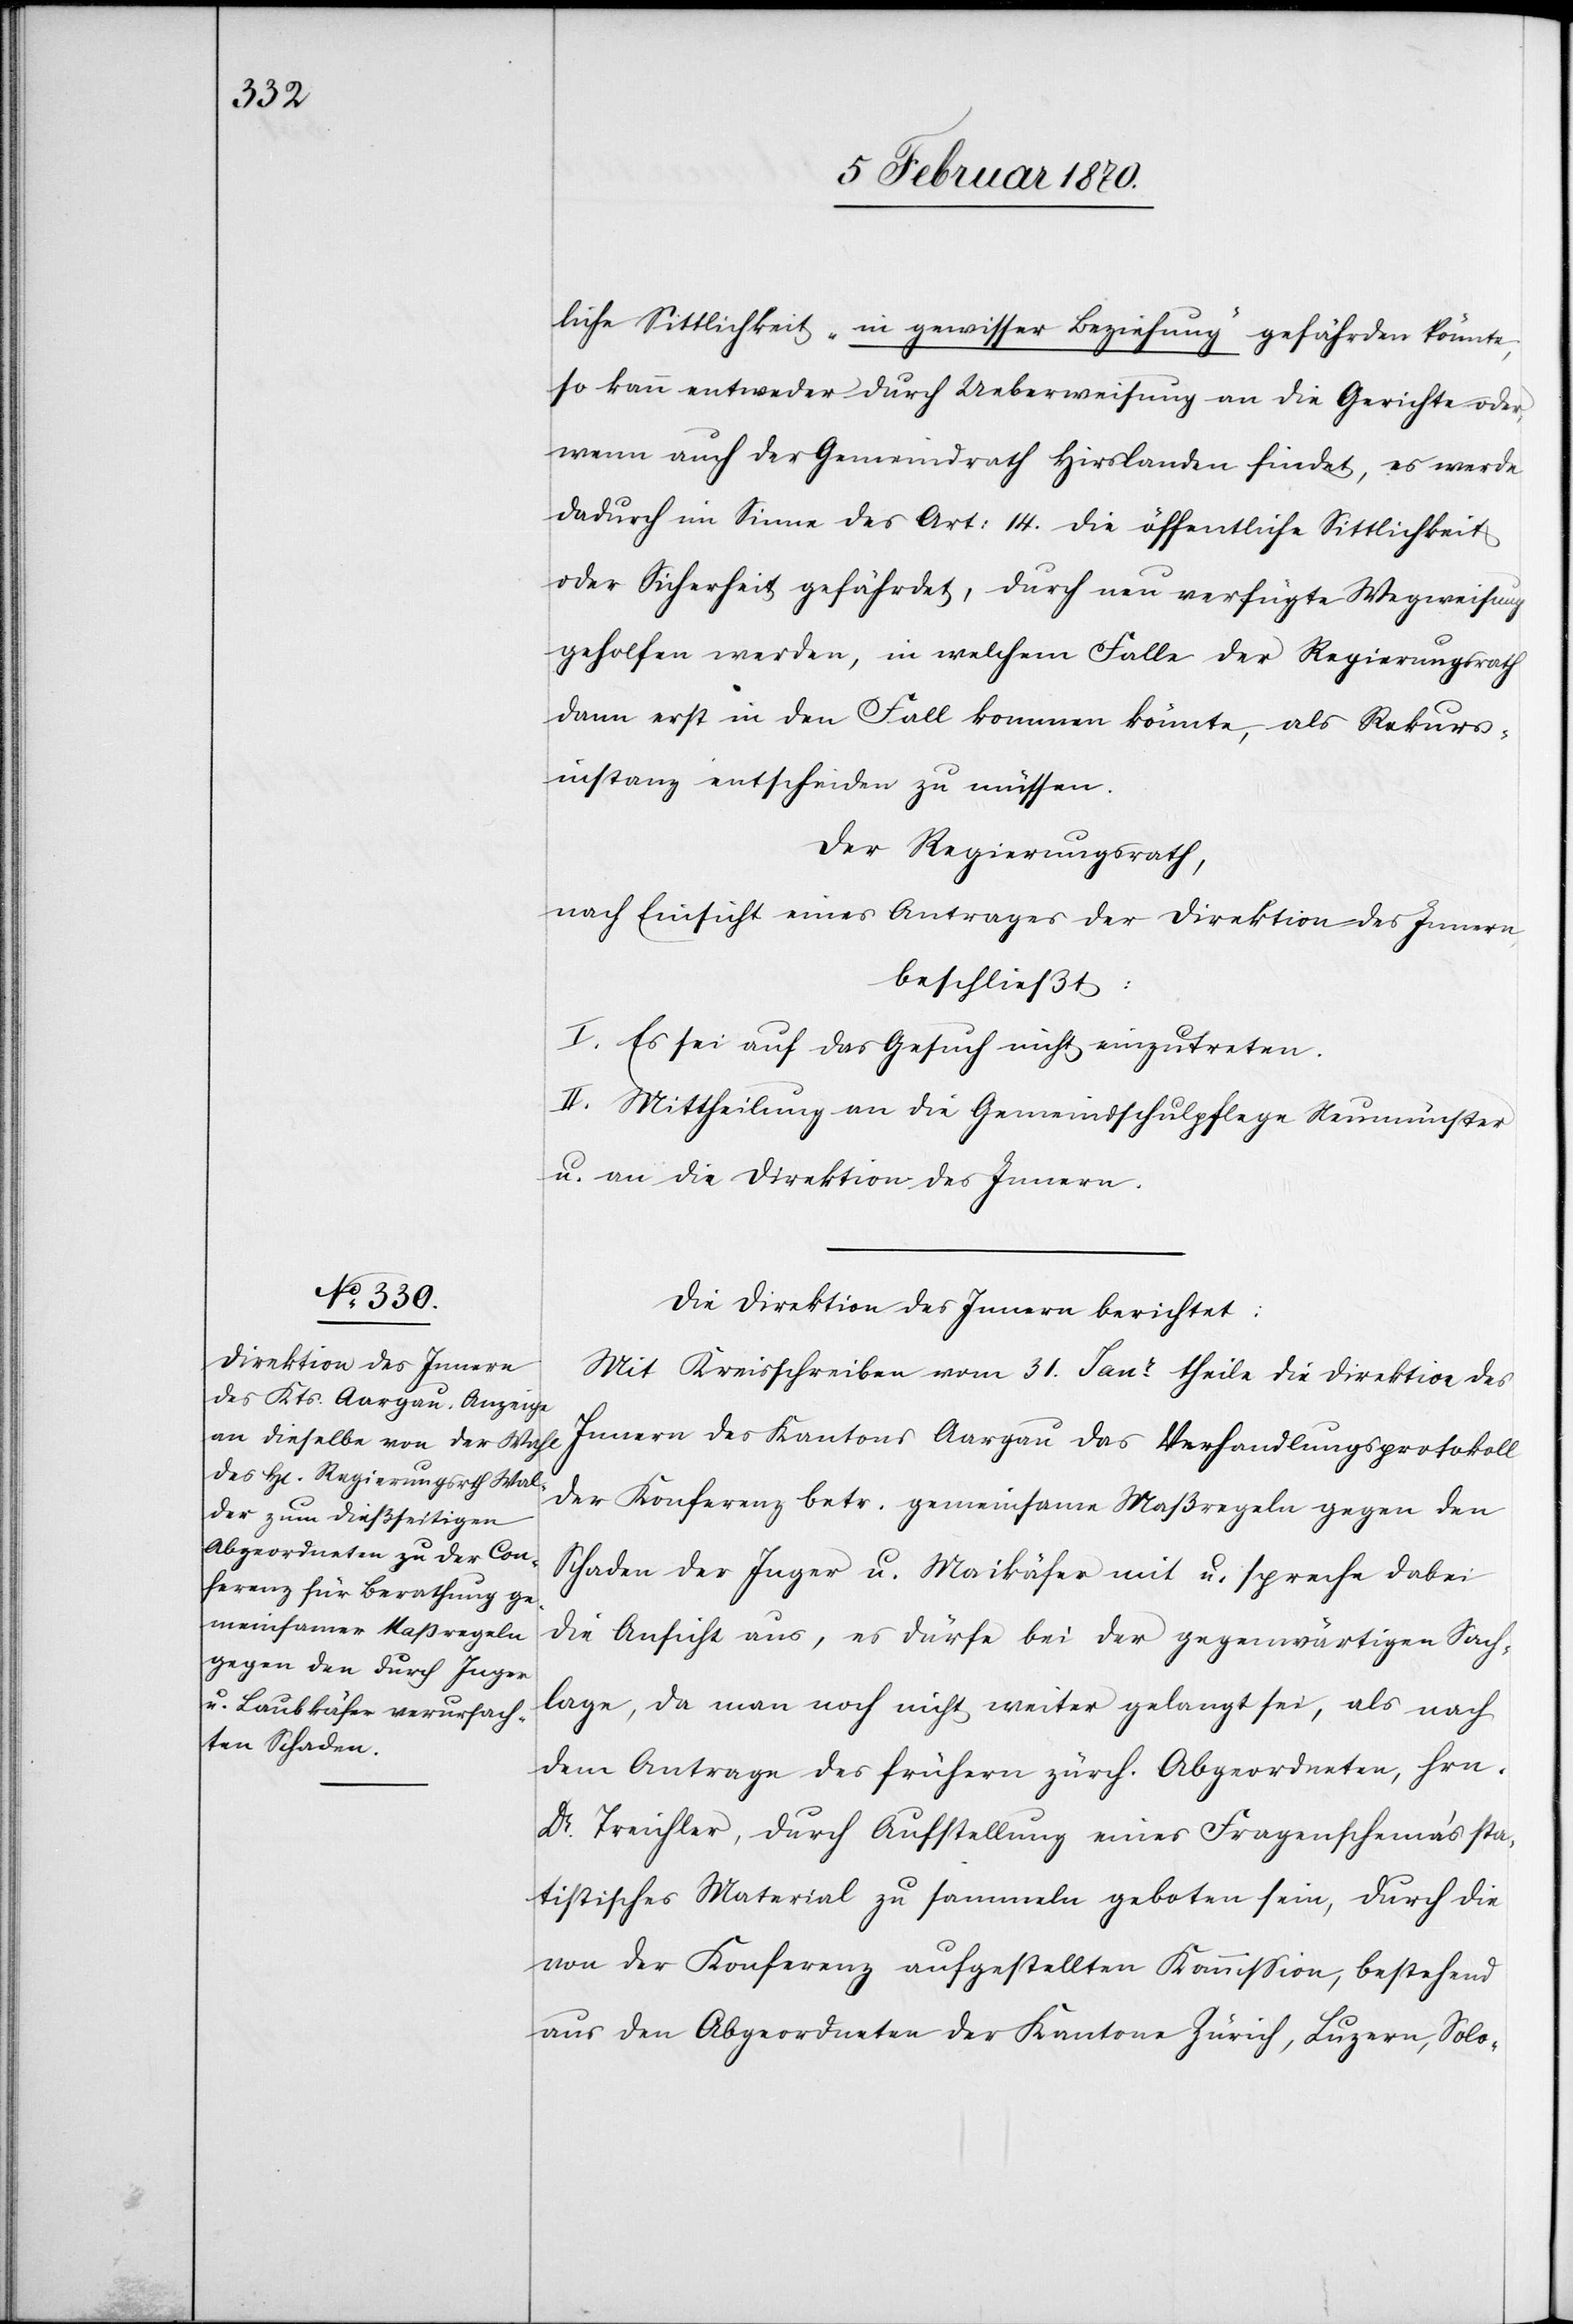
liche Sittlichkeit „in gewisser Beziehung“ gefährden könnte,
so kann entweder durch Ueberweisung an die Gerichte oder,
wenn auch der Gemeindrath Hirslanden findet, es werde
dadurch im Sinne des Art: 14. die öffentliche Sittlichkeit
oder Sicherheit gefährdet, durch neu verfügte Wegweisung
geholfen werden, in welchem Falle der Regierungsrath
dann erst in den Fall kommen könnte, als Rekurs¬
instanz entscheiden zu müssen.
Der Regierungsrath,
nach Einsicht eines Antrages der Direktion des Innern
beschließt:
I. Es sei auf das Gesuch nicht einzutreten.
II. Mittheilung an die Gemeindschulpflege Neumünster
u. an die Direktion des Innern.
Die Direktion des Innern berichtet:
Mit Kreisschreiben vom 31. Janr theile die Direktion des
der Konferenz betr. gemeinsame Maßregeln gegen den
Schaden der Inger u. Maikäfer mit u. spreche dabei
die Ansicht aus, es dürfe bei der gegenwärtigen Sach¬
lage, da man noch nicht weiter gelangt sei, als nach
dem Antrage des frühern zürch. Abgeordneten, Hrn.
Dr. Treichler, durch Aufstellung eines Fragenschema‘s sta¬
tistisches Material zu sammeln geboten sein, durch die
von der Konferenz aufgestellten Kommission, bestehend
aus den Abgeordneten der Kantone Zürich, Luzern, Solo-